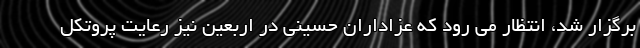
برگزار شد، انتظار می رود که عزاداران حسینی در اربعین نیز رعایت پروتکل